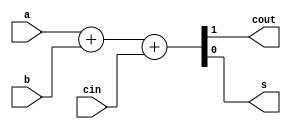
`timescale 1ns / 1ns
//////////////////////////////////////////////////////////////////////////////////
// Company: 
// Engineer: 
// 
// Design Name: 
// Module Name: fullAdder2
// Project Name: 
// Target Devices: 
// Tool Versions: 
// Description: 
// 
// Dependencies: 
// 
// Revision:
// Revision 0.01 - File Created
// Additional Comments:
// 
//////////////////////////////////////////////////////////////////////////////////


module fullAdder2(cout, s, a, b, cin);
output cout;
output s;
input a;
input b;
input cin;
assign {cout,s} = a + b + cin;
endmodule